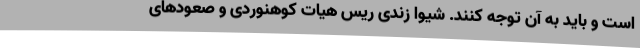
است و باید به آن توجه کنند. شیوا زندی ریس هیات کوهنوردی و صعودهای